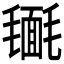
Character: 𣰔